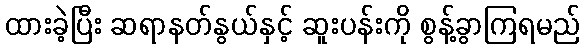
ထားခဲ့ပြီး ဆရာနတ်နွယ်နှင့် ဆူးပန်းကို စွန့်ခွာကြရမည်